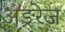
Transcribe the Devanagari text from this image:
अङ्ररेज